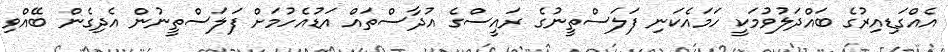
އެއްގަޑިއިރުގެ ބައްދަލުވުމަކީ ހަމައެކަނި ފަލަސްތީނުގެ ރައީސްގެ އުދާސްތައް އަޑުއެހުމަށް ފަލަސްތީނުން އެދިގެން ބޭއްވި